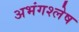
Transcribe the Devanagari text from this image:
अभंगश्लेष